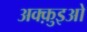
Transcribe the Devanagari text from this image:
अक्क़ुइओ